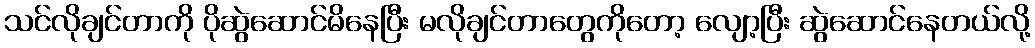
သင်လိုချင်တာကို ပိုဆွဲဆောင်မိနေပြီး မလိုချင်တာတွေကိုတော့ လျော့ပြီး ဆွဲဆောင်နေတယ်လို့